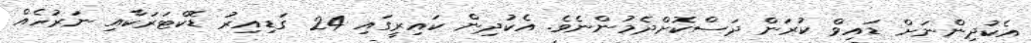
އެކުދިންނަށް ޑައިވް ކުރަން ދަސްކޮށްދެމުންނެވެ. އެކުދިން ކައިރީގައި 24 ގަޑިއިރު ޑޮކްޓަރަކާއި ނަރުހެއް